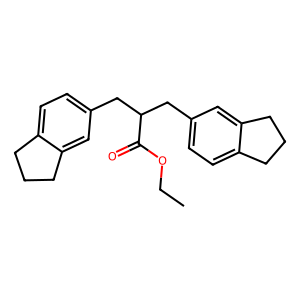
SMILES: CCOC(=O)C(Cc1ccc2c(c1)CCC2)Cc1ccc2c(c1)CCC2
Inhibits HIV replication: No